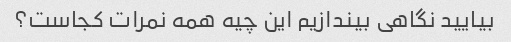
بیایید نگاهی بیندازیم این چیه همه نمرات کجاست؟